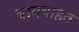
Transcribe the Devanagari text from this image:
बादषाहत